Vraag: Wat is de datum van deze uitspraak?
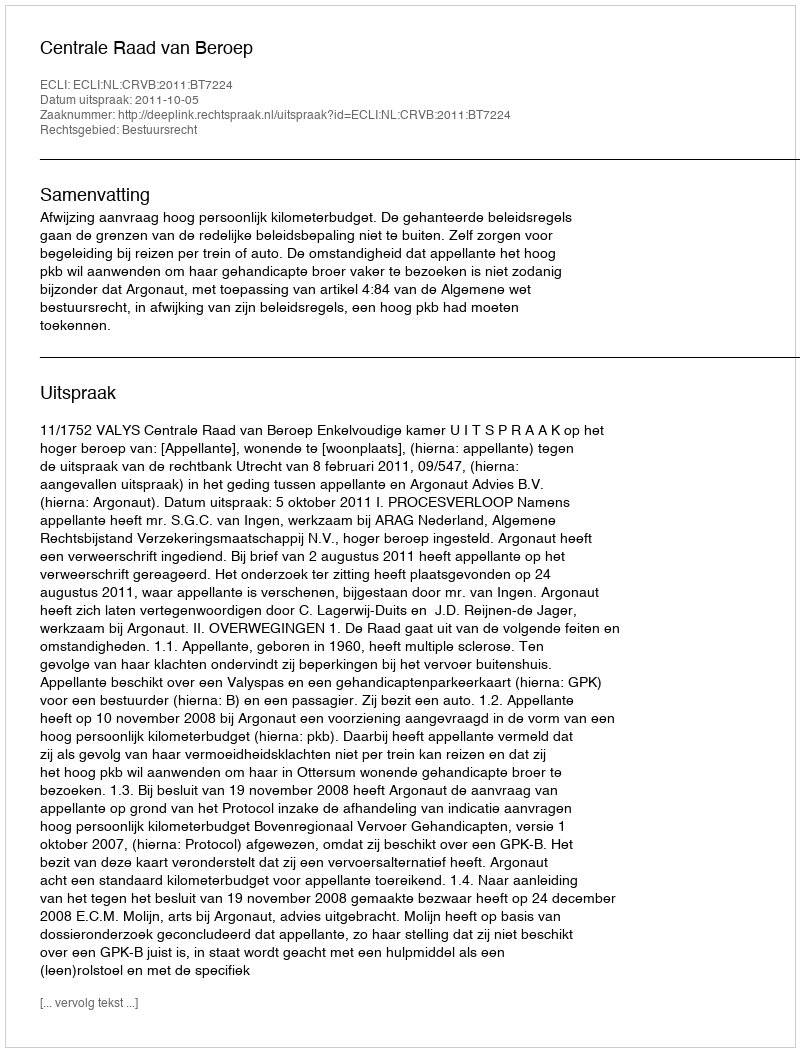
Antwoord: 2011-10-05